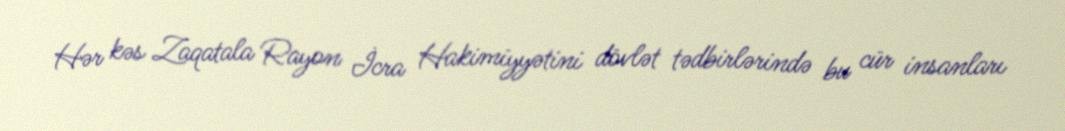
Hər kəs Zaqatala Rayon İcra Hakimiyyətini dövlət tədbirlərində bu cür insanları